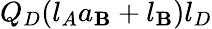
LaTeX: Q_{D}(l_{A}a_{\mathbf{B}}+l_{\mathbf{B}})l_{D}